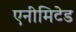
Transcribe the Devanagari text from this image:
एनीमिटेड